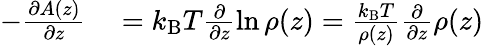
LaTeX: \begin{array}{rl}{-\frac{\partial A(z)}{\partial z}}&{{}=k_{\mathrm{B}}T\frac{\partial}{\partial z}\ln\rho(z)=\frac{k_{\mathrm{B}}T}{\rho(z)}\frac{\partial}{\partial z}\rho(z)}\end{array}